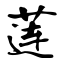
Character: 莲